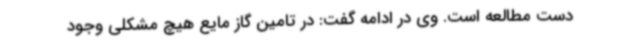
دست مطالعه است. وی در ادامه گفت: در تامین گاز مایع هیچ مشکلی وجود